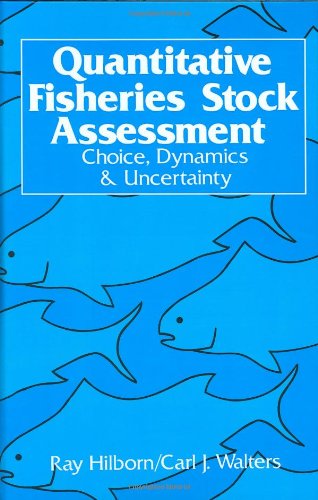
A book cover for Quantitative Fisheries Stock Assessment: Choice, Dynamics and Uncertainty; Science & Math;